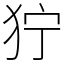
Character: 狞